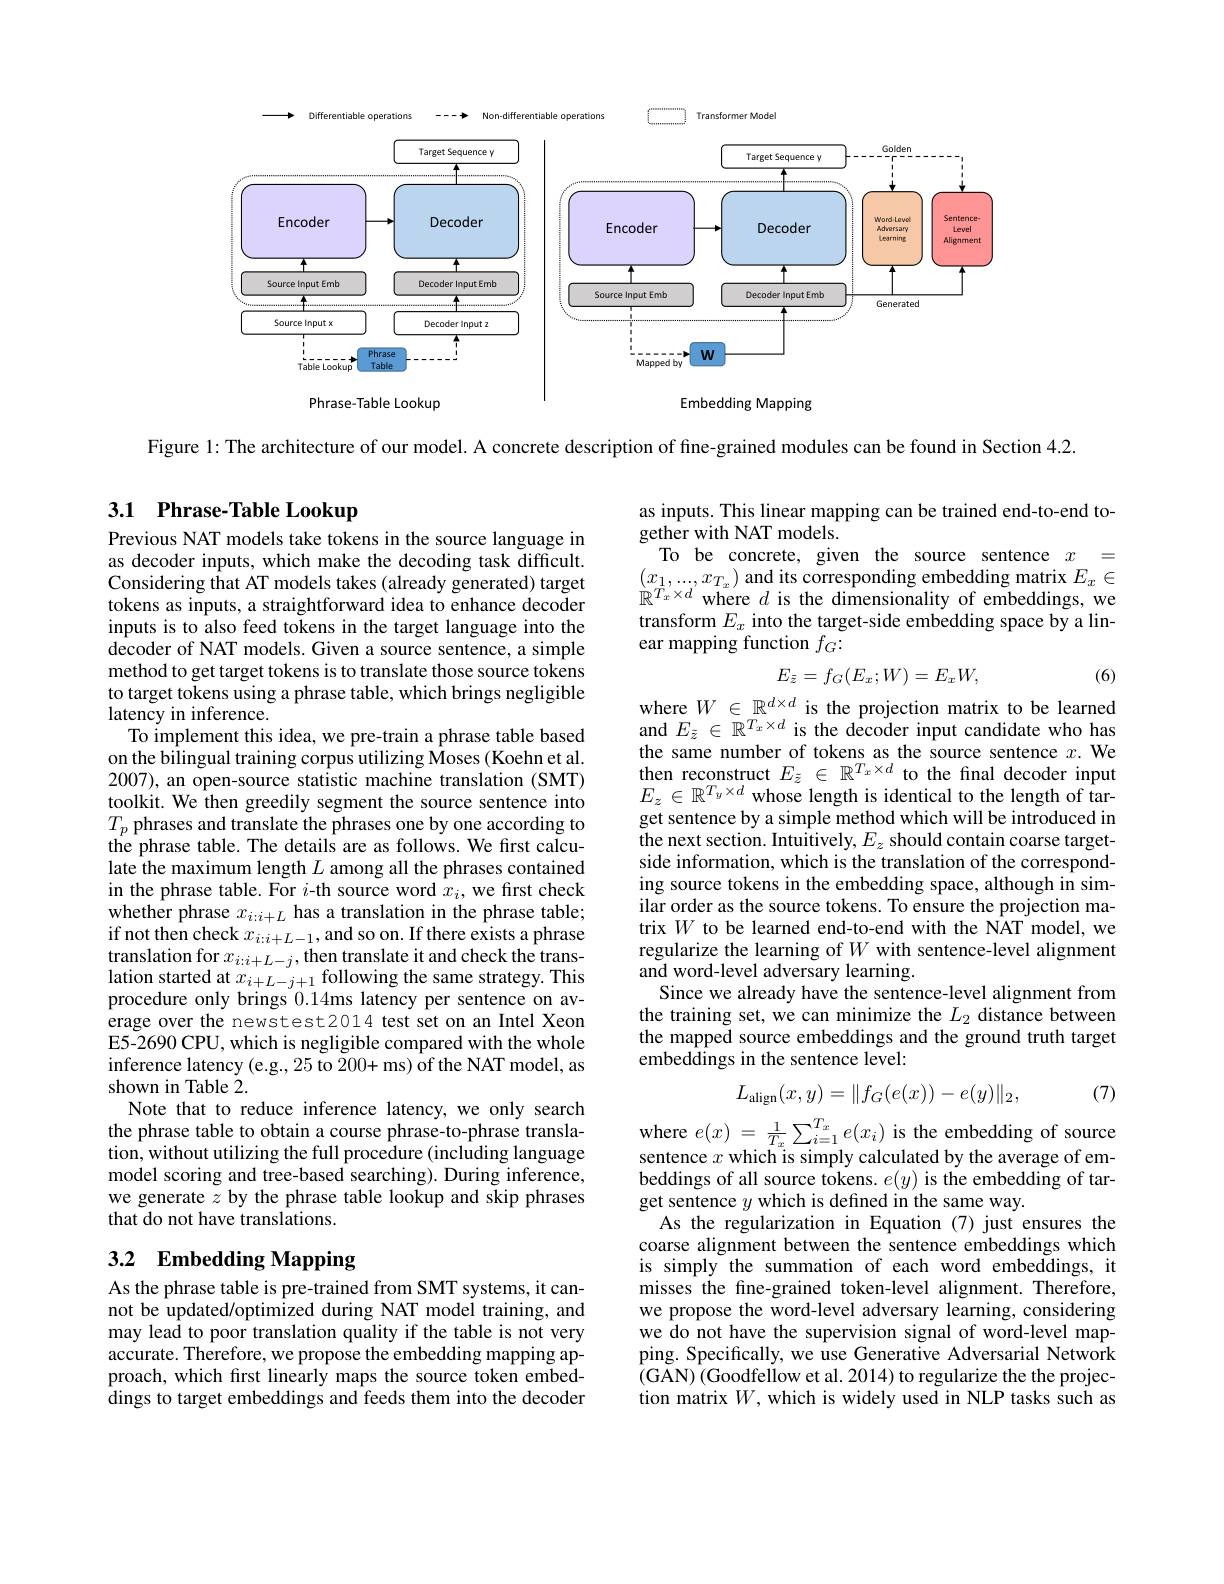
<FigureHere>

Figure 1: The architecture of our model. A concrete description of fine-grained modules can be found in Section 4.2

## 3.1 Phrase-Table Lookup

Previous NAT models take tokens in the source language in as decoder inputs, which make the decoding task difficult. Considering that AT models takes (already generated) target tokens as inputs, a straightforward idea to enhance decoder inputs is to also feed tokens in the target language into the decoder of NAT models. Given a source sentence, a simple method to get target tokens is to translate those source tokens to target tokens using a phrase table, which brings negligible latency in inference.
To implement this idea, we pre-train a phrase table based on the bilingual training corpus utilizing Moses (Koehn et al. 2007), an open-source statistic machine translation (SMT) toolkit. We then greedily segment the source sentence into $T_{p}$ phrases and translate the phrases one by one according to the phrase table. The details are as follows. We first calculate the maximum length $L$ among all the phrases contained in the phrase table. For $i$-th source word $x_i$, we first check whether phrase $x_i: i+ L\textbf{has a translation in the phrase table; }$ if not then check $x_i:i+L-1$, and so on. If there exists a phrase translation for $x_{i:i+L-j}$,then translate it and check the translation started at $x_{i+L-j+1}$ following the same strategy. This procedure only brings 0.14ms latency per sentence on average over the newstest2014 test set on an Intel Xeon E5-2690 CPU, which is negligible compared with the whole inference latency (e.g., 25 to 200+ ms) of the NAT model, as shown in Table $\dot{2}.$
Note that to reduce inference latency, we only search the phrase table to obtain a course phrase-to-phrase translation, without utilizing the full procedure (including language model scoring and tree-based searching). During inference, we generate $z$ by the phrase table lookup and skip phrases that do not have translations.

# 3.2 Embedding Mapping

As the phrase table is pre-trained from SMT systems, it cannot be updated/optimized during NAT model training, and may lead to poor translation quality if the table is not very $accurate.$Therefore, we propose the embedding mapping approach, which frst linearly maps the source token embed- $\hat{\text{dings to target embeddings and feeds them into the decoder}}$

as inputs. This linear mapping can be trained end-to-end to-
$\hat{\text{gether with NAT models.}}$
To be concrete, given the source sentence $x_{\mathrm{T}}=$

$\begin{array}{l}{(x_1,...,x_{T_x})\text{ and its corresponding embedding matrix }E_x\in}\\{\mathbb{R}^{T_x\times d}\text{ where }d\text{ is the dimensionality of embeddings, we}}\\\end{array}$ transform $E_x$ into the target-side embedding space by a linear mapping function $f_G{:}$
$$E_{\bar{z}}=f_G(E_x;W)=E_xW,$$
where $W\in\mathbb{R}^{d\times d}$ is the projection matrix to be learned

(6)

and $E_{\tilde{z}}\in\mathbb{R}^{T_{x}\times d}$ is the decoder input candidate who has the same number of tokens as the source sentence $x.$ We then reconstruct $E_{\tilde{z}}\in\mathbb{R}^{T_{x}\times d}$ to the final decoder input $E_{z}\in\mathbb{R}^{T_{y}\times d}$ whose length is identical to the length of target sentence by a simple method which will be introduced in the next section. Intuitively, $E_z$ should contain coarse targetside information, which is the translation of the corresponding source tokens in the embedding space, although in similar order as the source tokens. To ensure the projection matrix $W$ to be learned end-to-end with the NAT model, we regularize the learning of $W$ with sentence-level alignment and word-level adversary learning.
Since we already have the sentence-level alignment from the training set, we can minimize the $L_2$ distance between the mapped source embeddings and the ground truth target embeddings in the sentence level:
$$L_{\mathrm{align}}(x,y)=\|f_{G}(e(x))-e(y)\|_{2},$$
(7)

where $e( x)$ = $\frac 1{T_{x}}\sum _{i= 1}^{T_{x}}e( x_{i})$ is the embedding of source sentence $x$ which is simply calculated by the average of embeddings of all source tokens. $e(y)$ is the embedding of target sentence $y$ which is defined in the same way.
As the regularization in Equation (7)just ensures the coarse alignment between the sentence embeddings which is simply the summation of each word embeddings, it misses the fine-grained token-level alignment. Therefore, we propose the word-level adversary learning, considering we do not have the supervision signal of word-level mapping. Specifically, we use Generative Adversarial Network (GAN)(Goodfellow et al. 2014) to regularize the the projection matrix $W$, which is widely used in NLP tasks such as